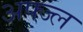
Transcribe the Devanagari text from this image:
अफ्ज्ल